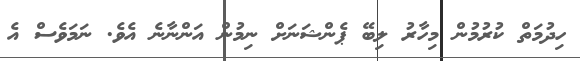
ހިދުމަތް ކުރުމުން މިހާރު ލިބޭ ޕެންޝަނަށް ނިމުން އަންނާނެ އެވެ. ނަމަވެސް އެ